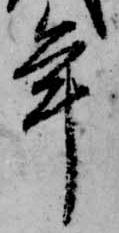
年